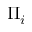
\Pi _ { i }